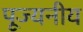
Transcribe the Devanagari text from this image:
पूज्‍यनीय